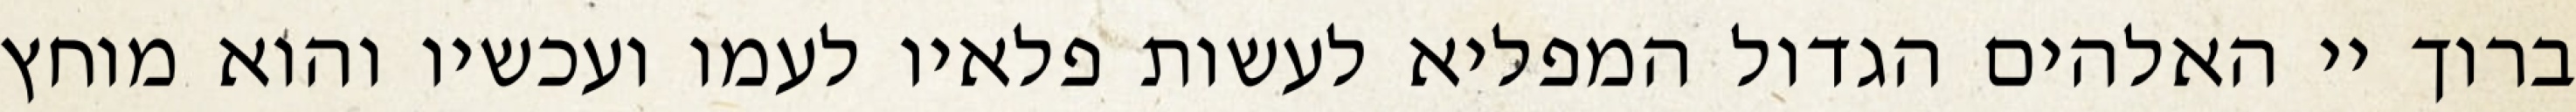
ברוך יי האלהים הגדול המפליא לעשות פלאיו לעמו ועכשיו והוא מוחץ